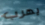
يهرب